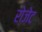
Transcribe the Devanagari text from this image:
रोजे़ट